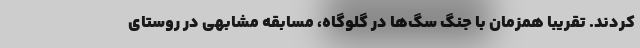
کردند. تقریبا همزمان با جنگ سگ‌ها در گلوگاه، مسابقه مشابهی در روستای